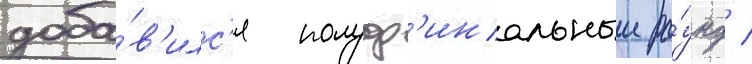
доба́в'илс'я полуф'инальныи ра́унд /